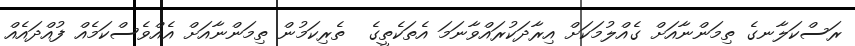
ރަސްކަލާނގެ ތިމަންނާއަށް ގެއްލުމަކަށް އިރާދަކުރައްވާނަމަ އެތަކެތީގެ  ތެރިކަމުން ތިމަންނާއަށް އެއްވެސްކަމެއް ފުއްދައެއް